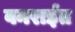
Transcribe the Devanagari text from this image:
वनरार्इत